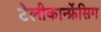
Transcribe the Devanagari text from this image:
टेलीकान्फ्रेंसिग